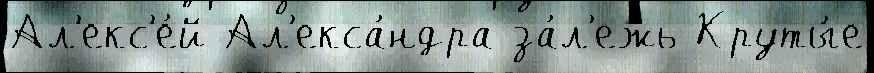
Ал'екс'е́й Ал'екса́ндра за́л'ежь Круты́е